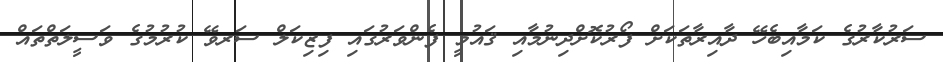
ސަރުކާރުގެ ކަމާއިބެހޭ ދާއިރާތަކަށް ފޯރުކޮށްދިނުމާއި ޤައުމީ ފެންވަރުގައި ފިޒިކަލް ސަރވޭ ކުރުމުގެ ވަސީލަތްތައް